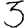
Digit: 3